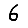
Digit: 6